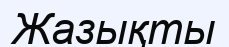
Жазықты